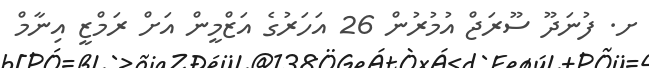
ށ. ފުނަދޫ ސޫރަޖް އުމުރުން 26 އަހަރުގެ އަޒްމީން އަށް ރަމްޒީ އިނާމް